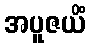
အပူဇယိံ